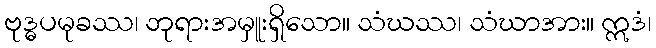
ဗုဒ္ဓပမုခဿ၊ ဘုရားအမှူးရှိသော။ သံဃဿ၊ သံဃာအား။ ဣဒံ၊